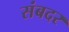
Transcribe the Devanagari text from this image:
संबदर